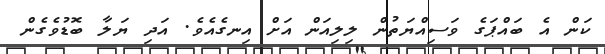
ކަން އެ ބައްޕަގެ ވަސިއްޔަތުން ލިލިއަން އަށް އިނގެއެވެ. އަދި ޔަލާ ބޮޑުވެގެން